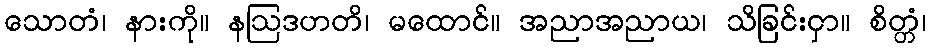
သောတံ၊ နားကို။ နဩဒဟတိ၊ မထောင်။ အညာအညာယ၊ သိခြင်းငှာ။ စိတ္တံ၊